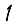
Digit: 1